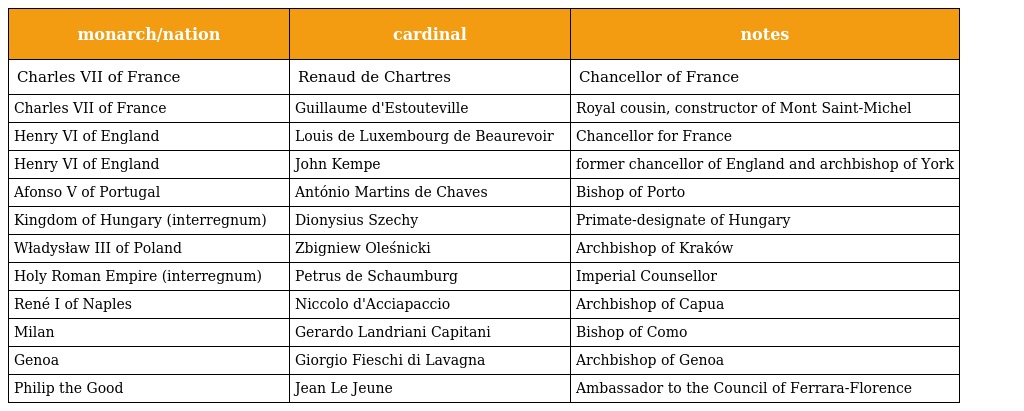
| monarch/nation | cardinal | notes |
 | --- | --- | --- |
 | Charles VII of France | Renaud de Chartres | Chancellor of France |
 | Charles VII of France | Guillaume d'Estouteville | Royal cousin, constructor of Mont Saint-Michel |
 | Henry VI of England | Louis de Luxembourg de Beaurevoir | Chancellor for France |
 | Henry VI of England | John Kempe | former chancellor of England and archbishop of York |
 | Afonso V of Portugal | António Martins de Chaves | Bishop of Porto |
 | Kingdom of Hungary (interregnum) | Dionysius Szechy | Primate-designate of Hungary |
 | Władysław III of Poland | Zbigniew Oleśnicki | Archbishop of Kraków |
 | Holy Roman Empire (interregnum) | Petrus de Schaumburg | Imperial Counsellor |
 | René I of Naples | Niccolo d'Acciapaccio | Archbishop of Capua |
 | Milan | Gerardo Landriani Capitani | Bishop of Como |
 | Genoa | Giorgio Fieschi di Lavagna | Archbishop of Genoa |
 | Philip the Good | Jean Le Jeune | Ambassador to the Council of Ferrara-Florence |